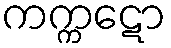
ကက္ကဋော